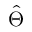
\hat { \Theta }